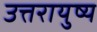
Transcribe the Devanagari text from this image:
उत्तरायुष्य